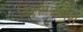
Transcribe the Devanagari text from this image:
विलोमकोश